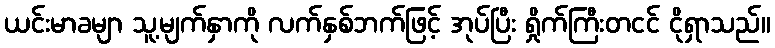
ယင်းမာခမျာ သူ့မျက်နှာကို လက်နှစ်ဘက်ဖြင့် အုပ်ပြီး ရှိုက်ကြီးတငင် ငိုရှာသည်။